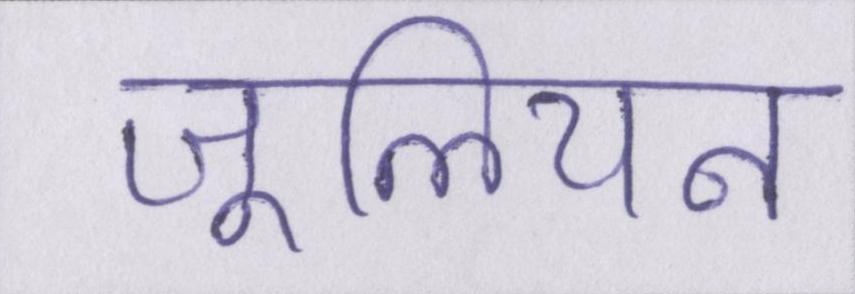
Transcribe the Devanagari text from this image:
जूलियन